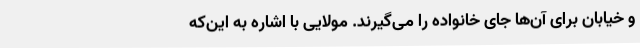
و خیابان برای آن‌ها جای خانواده را می‌گیرند. مولایی با اشاره به این‌که